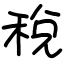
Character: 稅